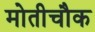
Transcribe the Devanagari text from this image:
मोतीचौक